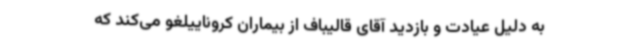
به دلیل عیادت و بازدید آقای قالیباف از بیماران کروناییلغو می‌کند که